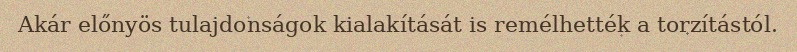
Akár előnyös tulajdonságok kialakítását is remélhették a torzítástól.